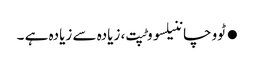
●ٹووچاننیلسووٹپت، زیادہ سے زیادہ ہے ۔